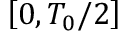
\left[ 0 , T _ { 0 } / 2 \right]